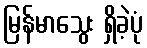
မြန်မာသွေး ရှိခဲ့ပုံ